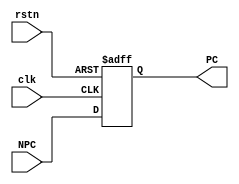
// This program was cloned from: https://github.com/JeredGong/codsinglecyclecpu
// License: Apache License 2.0

module PC( clk, rstn, NPC, PC );

  input              clk;
  input             rstn;
  input       [31:0] NPC;
  output reg  [31:0] PC;

   always @(posedge clk, posedge rstn)
    if (rstn) 
      PC <= 32'h0000_0000;
    else
      PC <= NPC;
      
endmodule